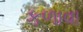
કળાવા